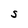
Character: S